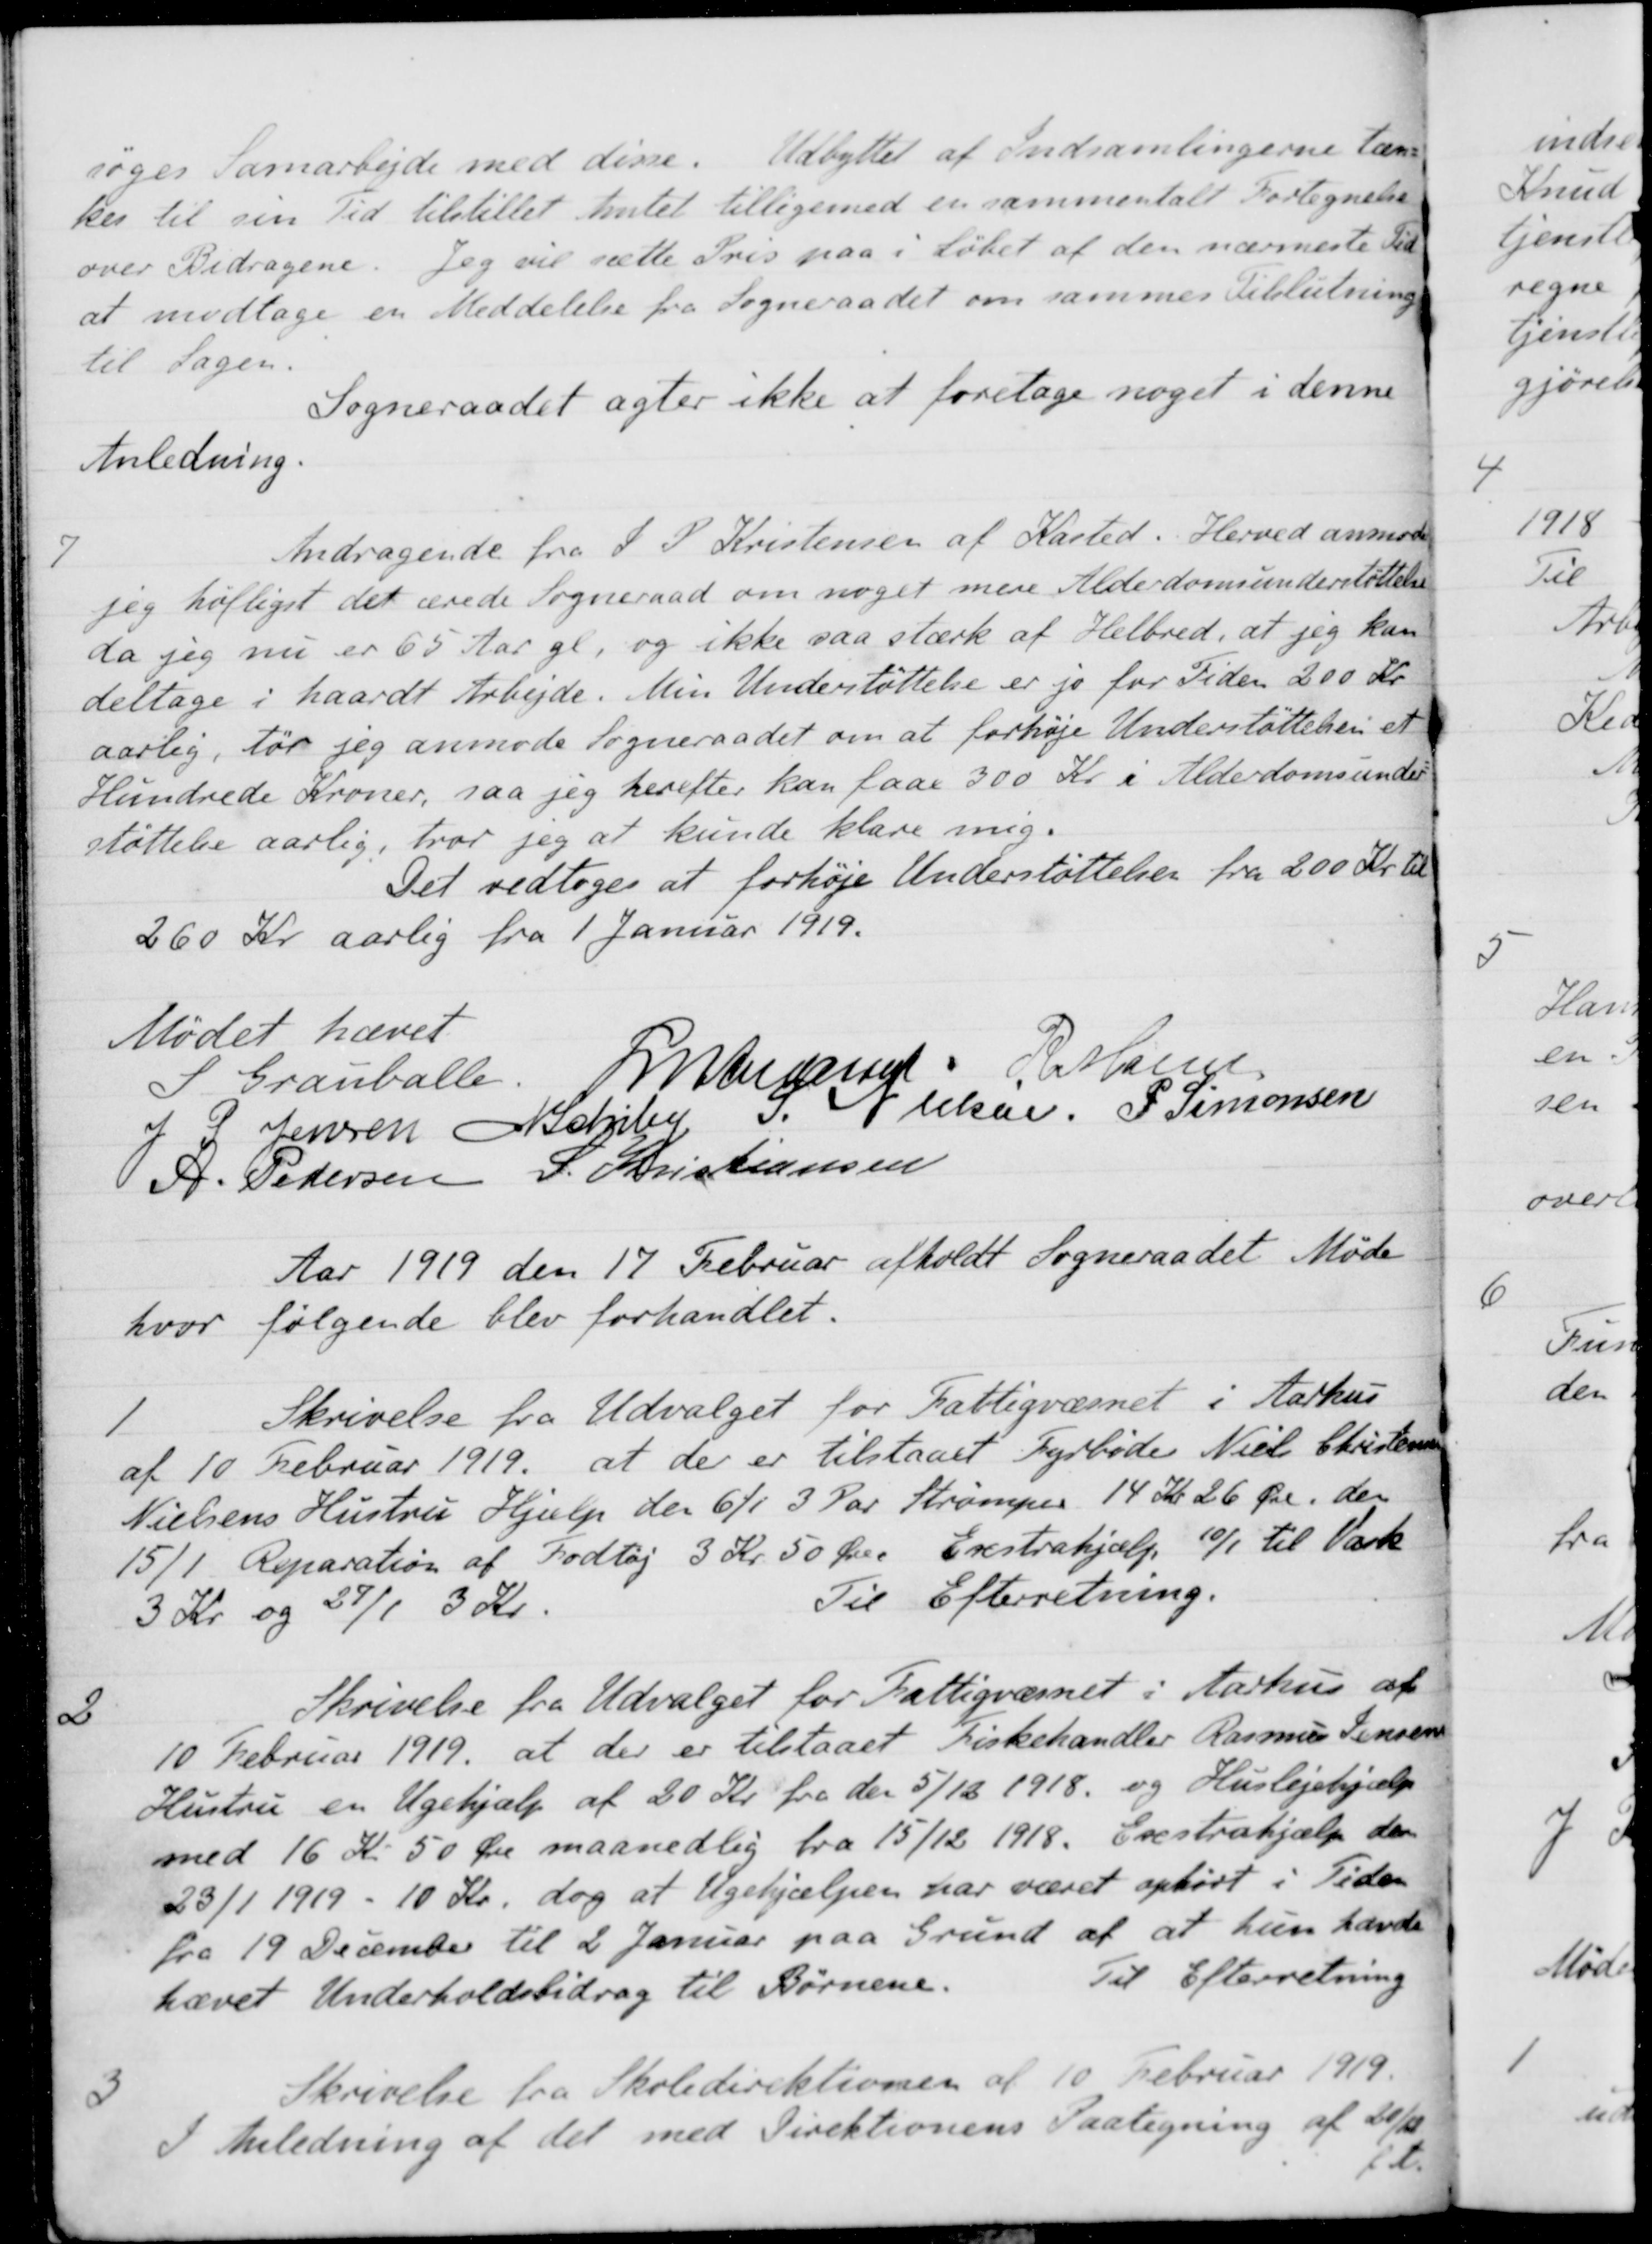
Transskription:
søges Samarbejde med disse. Udbyttet af Indsamlingerne tæn-
kes til sin Tid tilstillet Amtet tilligemed er sammentalt Fortegnelse
over Bidragene. Jeg vil sætte Pris paa i løbet af den nærmeste Tid
at modtage en Meddelelse fra Sogneraadet om sammes Tilslutning
til Sagen.
Sogneraadet agter ikke at foretage noget i denne
Anledning.
7
Andragende fra J. P. Kristensen af Kasted. Herved anmoder
jeg høfligst det ærede Sogneraad om noget mere Alderdomsunderstøttelse
da jeg nu er 65 Aar gl, og ikke saa stærk af Helbred, at jeg kan
deltage i haardt Arbejde. Min Understøttelse er jo for Tiden 200 Kr.
aarlig, tør jeg anmode Sogneraadet om at forhøje Understøttelsen et
Hundrede Kroner, saa jeg herefter kan faae 300 Kr. i Alderdomsunder-
støttelse aarlig, tror jeg at kunde klare mig.
Det vedtoges at forhøje Understøttelsen fra 200 Kr. til
260 Kr aarlig fra 1 Januar 1919.
Mødet hævet
S Grauballe.
L M Andersen
R Møller
J. P. Jensen
A. Schiby
S Nielsen
P. Simonsen
A. Pedersen
S. Kristiansen
Aar 1919 den 17 Februar afholdt Sogneraadet Møde
hvor følgende blev forhandlet.
1
Skrivelse fra Udvalget for Fattigvæsnet i Aarhus
af 10 Februar 1919, at der er tilstaaet Fyrbøder Niels Christensen
Nielsens Hustru Hjælp den 6/1 3 Par Strømper 14 Kr. 26 Øre, den
15/1 Reparation af Fodtøj 3 Kr 50 Øre. Erstrahjælp 10/1 til Vask
3 Kr og 27/1 3 Kr.
Til Efterretning.
2
Skrivelse fra Udvalget for Fattigvæsnet i Aarhus af
10 Februar 1919, at der er tilstaaet Fiskehandler Rasmus Jensens
Hustru en Ugehjælp af 20 Kr. fra den 5/12 1918 og Huslejehjælp
med 16 Kr. 50 Øre maanedlig fra 15/12 1918. Exstrahjælp den
23/1 1919 - 10 Kr, dog at Ugehjælpen har været ophørt i Tiden 
fra 19 December til 2 Januar paa Grund af at hun havde
hævet Underholdsbidrag til Børnene.
Til Efterretning
3
Skrivelse fra Skoledirektionen af 10 Februar 1919.
I Anledning af det med Direktionens Paategning af 20/10
f A.